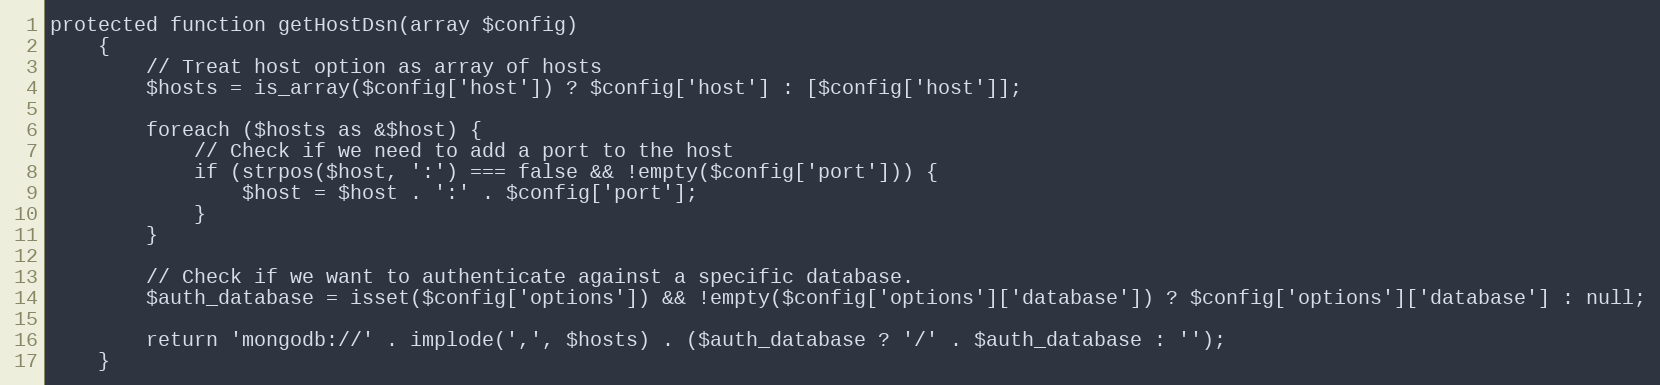
Language: PHP
protected function getHostDsn(array $config)
    {
        // Treat host option as array of hosts
        $hosts = is_array($config['host']) ? $config['host'] : [$config['host']];

        foreach ($hosts as &$host) {
            // Check if we need to add a port to the host
            if (strpos($host, ':') === false && !empty($config['port'])) {
                $host = $host . ':' . $config['port'];
            }
        }

        // Check if we want to authenticate against a specific database.
        $auth_database = isset($config['options']) && !empty($config['options']['database']) ? $config['options']['database'] : null;

        return 'mongodb://' . implode(',', $hosts) . ($auth_database ? '/' . $auth_database : '');
    }